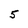
Character: 5